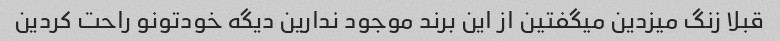
قبلا زنگ میزدین میگفتین از این برند موجود ندارین دیگه خودتونو راحت کردین